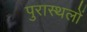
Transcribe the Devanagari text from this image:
पुरास्थलों